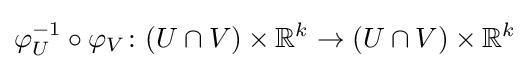
\varphi _{U}^{-1}\circ \varphi _{V}\colon (U\cap V)\times \mathbb {R} ^{k}\to (U\cap V)\times \mathbb {R} ^{k}